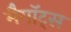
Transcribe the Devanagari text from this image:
मैगॉट्स